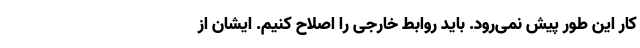
کار این طور پیش نمی‌رود. باید روابط خارجی را اصلاح کنیم. ایشان از